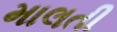
માલતી